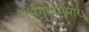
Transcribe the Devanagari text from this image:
गर्भगृहासमोर